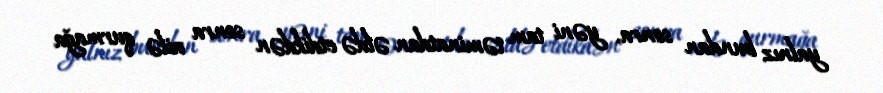
yalnız bundan sonra, yəni tam təminatdan əldə etdikdən sonra ailə qurmağa